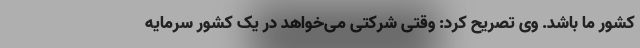
کشور ما باشد. وی تصریح کرد: وقتی شرکتی می‌خواهد در یک کشور سرمایه